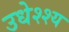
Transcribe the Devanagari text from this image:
उधेश्श्य